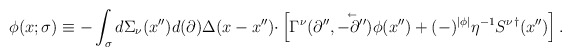
\begin{align*}\phi (x;\sigma )\equiv - \int_\sigma {d\Sigma _\nu (x'')d(\partial )\Delta (x-x'')\cdot }\left[ {\Gamma ^\nu (\partial '',\mathord{\buildrel{\lower3pt\hbox{$\scriptscriptstyle\leftarrow$}}\over {-\partial''} } )\phi (x'')+ (-)^{\left| \phi \right| }\eta ^{-1}{S^\nu}^{\dagger} (x'')} \right]. \end{align*}